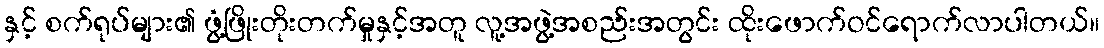
နှင့် စက်ရုပ်များ၏ ဖွံ့ဖြိုးတိုးတက်မှုနှင့်အတူ လူ့အဖွဲ့အစည်းအတွင်း ထိုးဖောက်ဝင်ရောက်လာပါတယ်။